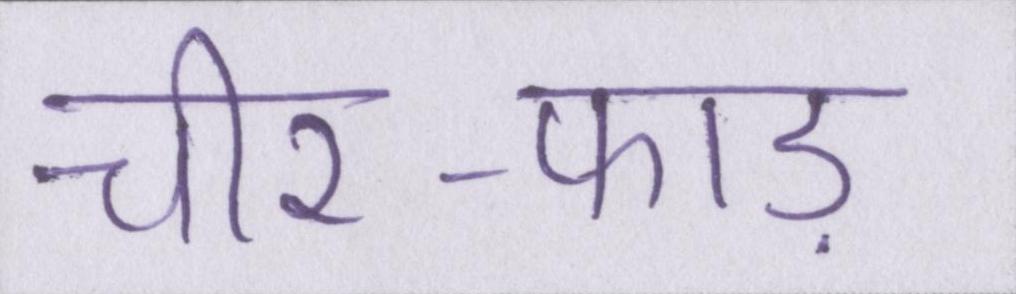
चीर-फाड़